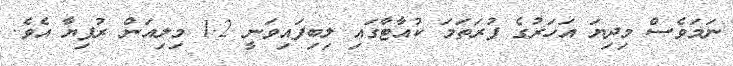
ނަމަވެސް މިދިޔަ އަހަރުގެ ފުރަތަމަ ކުއާޓާގައި ލިބިފައިވަނީ 1.2 މިލިއަން ރުފިޔާ އެވެ.